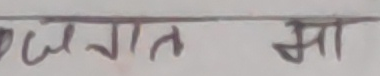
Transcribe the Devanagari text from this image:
मा गत मा